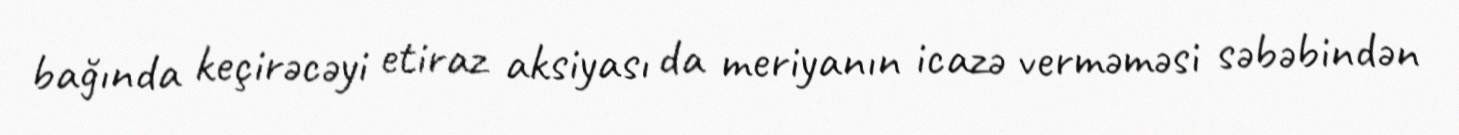
bağında keçirəcəyi etiraz aksiyası da meriyanın icazə verməməsi səbəbindən